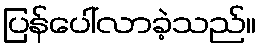
ပြန်ပေါ်လာခဲ့သည်။